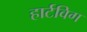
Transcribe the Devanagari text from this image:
हार्टविग